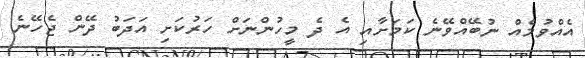
އެއްވުމެއް ނުބޭއްވޭނެ ކަމަށާއި އެ ދެ މީހުންނަށް ހަރުކަށި އަދަބު ދޭން ޖެހޭނެ